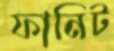
ফানিট